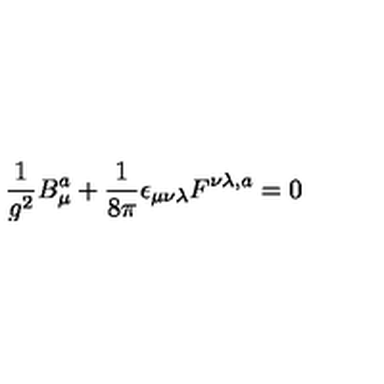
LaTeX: \frac { 1 } { g ^ { 2 } } B _ { \mu } ^ { a } + \frac { 1 } { 8 \pi } \epsilon _ { \mu \nu \lambda } F ^ { \nu \lambda , a } = 0